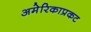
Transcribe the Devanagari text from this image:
अमेरिकाप्रकट